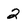
Character: 2